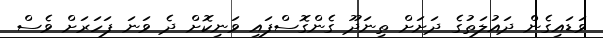
ވަޑައިގެން ދައުލަތުގެ ދަށަށް ތިނަދޫ ގެންގޮސްފައި ވަނިކޮށް ދެ ވަނަ ފަހަރަށް ވެސް